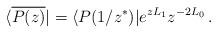
LaTeX: \begin{align*}\langle\overline{P(z)}|=\langle P(1/z^\ast)|e^{zL_1}{z}^{-2L_0}\,.\end{align*}